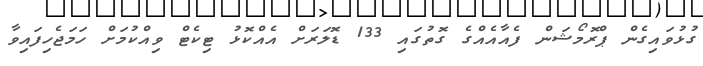
ގުޅުވައިގެން ޕްރޮމޯޝަން ފެއާއެއްގެ ގޮތުގައި 133 ޑޮލަރަށް އެއްކޮޅު ޓިކެޓް ވިއްކުމަށް ހަމަޖެހިފައިވާ